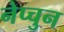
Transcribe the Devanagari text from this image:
नेप्चुन